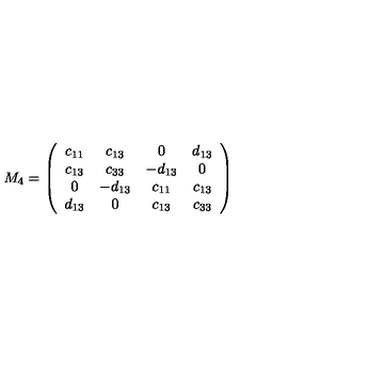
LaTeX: M _ { 4 } = \left( \begin{array} { c c c c } { c _ { 1 1 } } & { c _ { 1 3 } } & { 0 } & { d _ { 1 3 } } \\ { c _ { 1 3 } } & { c _ { 3 3 } } & { - d _ { 1 3 } } & { 0 } \\ { 0 } & { - d _ { 1 3 } } & { c _ { 1 1 } } & { c _ { 1 3 } } \\ { d _ { 1 3 } } & { 0 } & { c _ { 1 3 } } & { c _ { 3 3 } } \\ \end{array} \right)